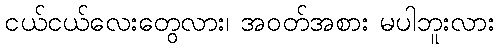
ငယ်ငယ်လေးတွေလား၊ အဝတ်အစား မပါဘူးလား